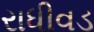
રાધીવડ